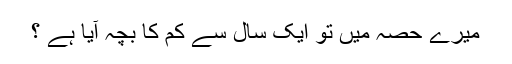
میرے حصہ میں تو ایک سال سے کم کا بچہ آیا ہے ؟